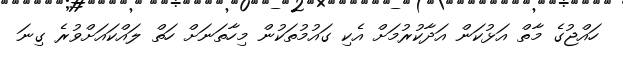
ހައްޖުގެ މާތް އަޅުކަން އަދާކުރުމަށް އެކި ގައުމުތަކުން މިހާތަނަށް ހަތް ލައްކައަށްވުރެ ގިނަ